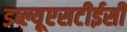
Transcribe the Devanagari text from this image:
डब्ल्यूएसटीईसी